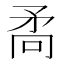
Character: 𭿷